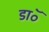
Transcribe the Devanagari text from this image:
डाॅ॰